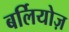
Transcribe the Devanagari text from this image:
बर्लियोज़